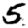
Digit: 5